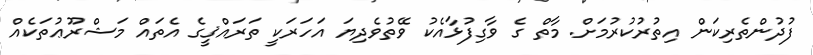
ފުދުންތެރިކަން އިތުރުކުރުމަށް. މާތް ގެ ވާގިފުޅާއެކު ވޭތުވެދިޔަ އަހަރަކީ ތަރައްޤީގެ އެތައް މަޝްރޫޢުތަކެއް